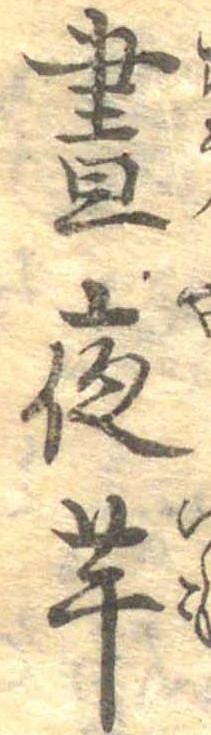
昼夜芋